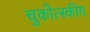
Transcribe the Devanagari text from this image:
चुकोत्स्कीय